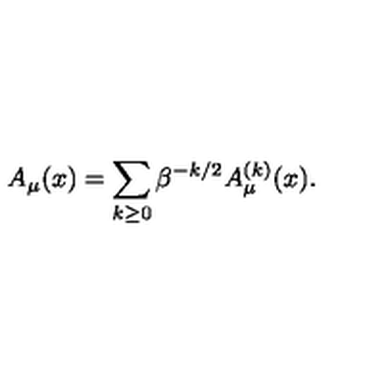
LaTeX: A _ { \mu } ( x ) = \sum _ { k \ge 0 } \beta ^ { - k / 2 } A _ { \mu } ^ { ( k ) } ( x ) .